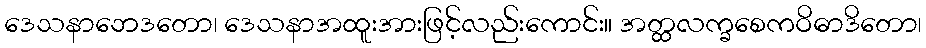
ဒေသနာဘေဒတော၊ ဒေသနာအထူးအားဖြင့်လည်းကောင်း။ အတ္ထလက္ခစေကဝိဓာဒိတော၊